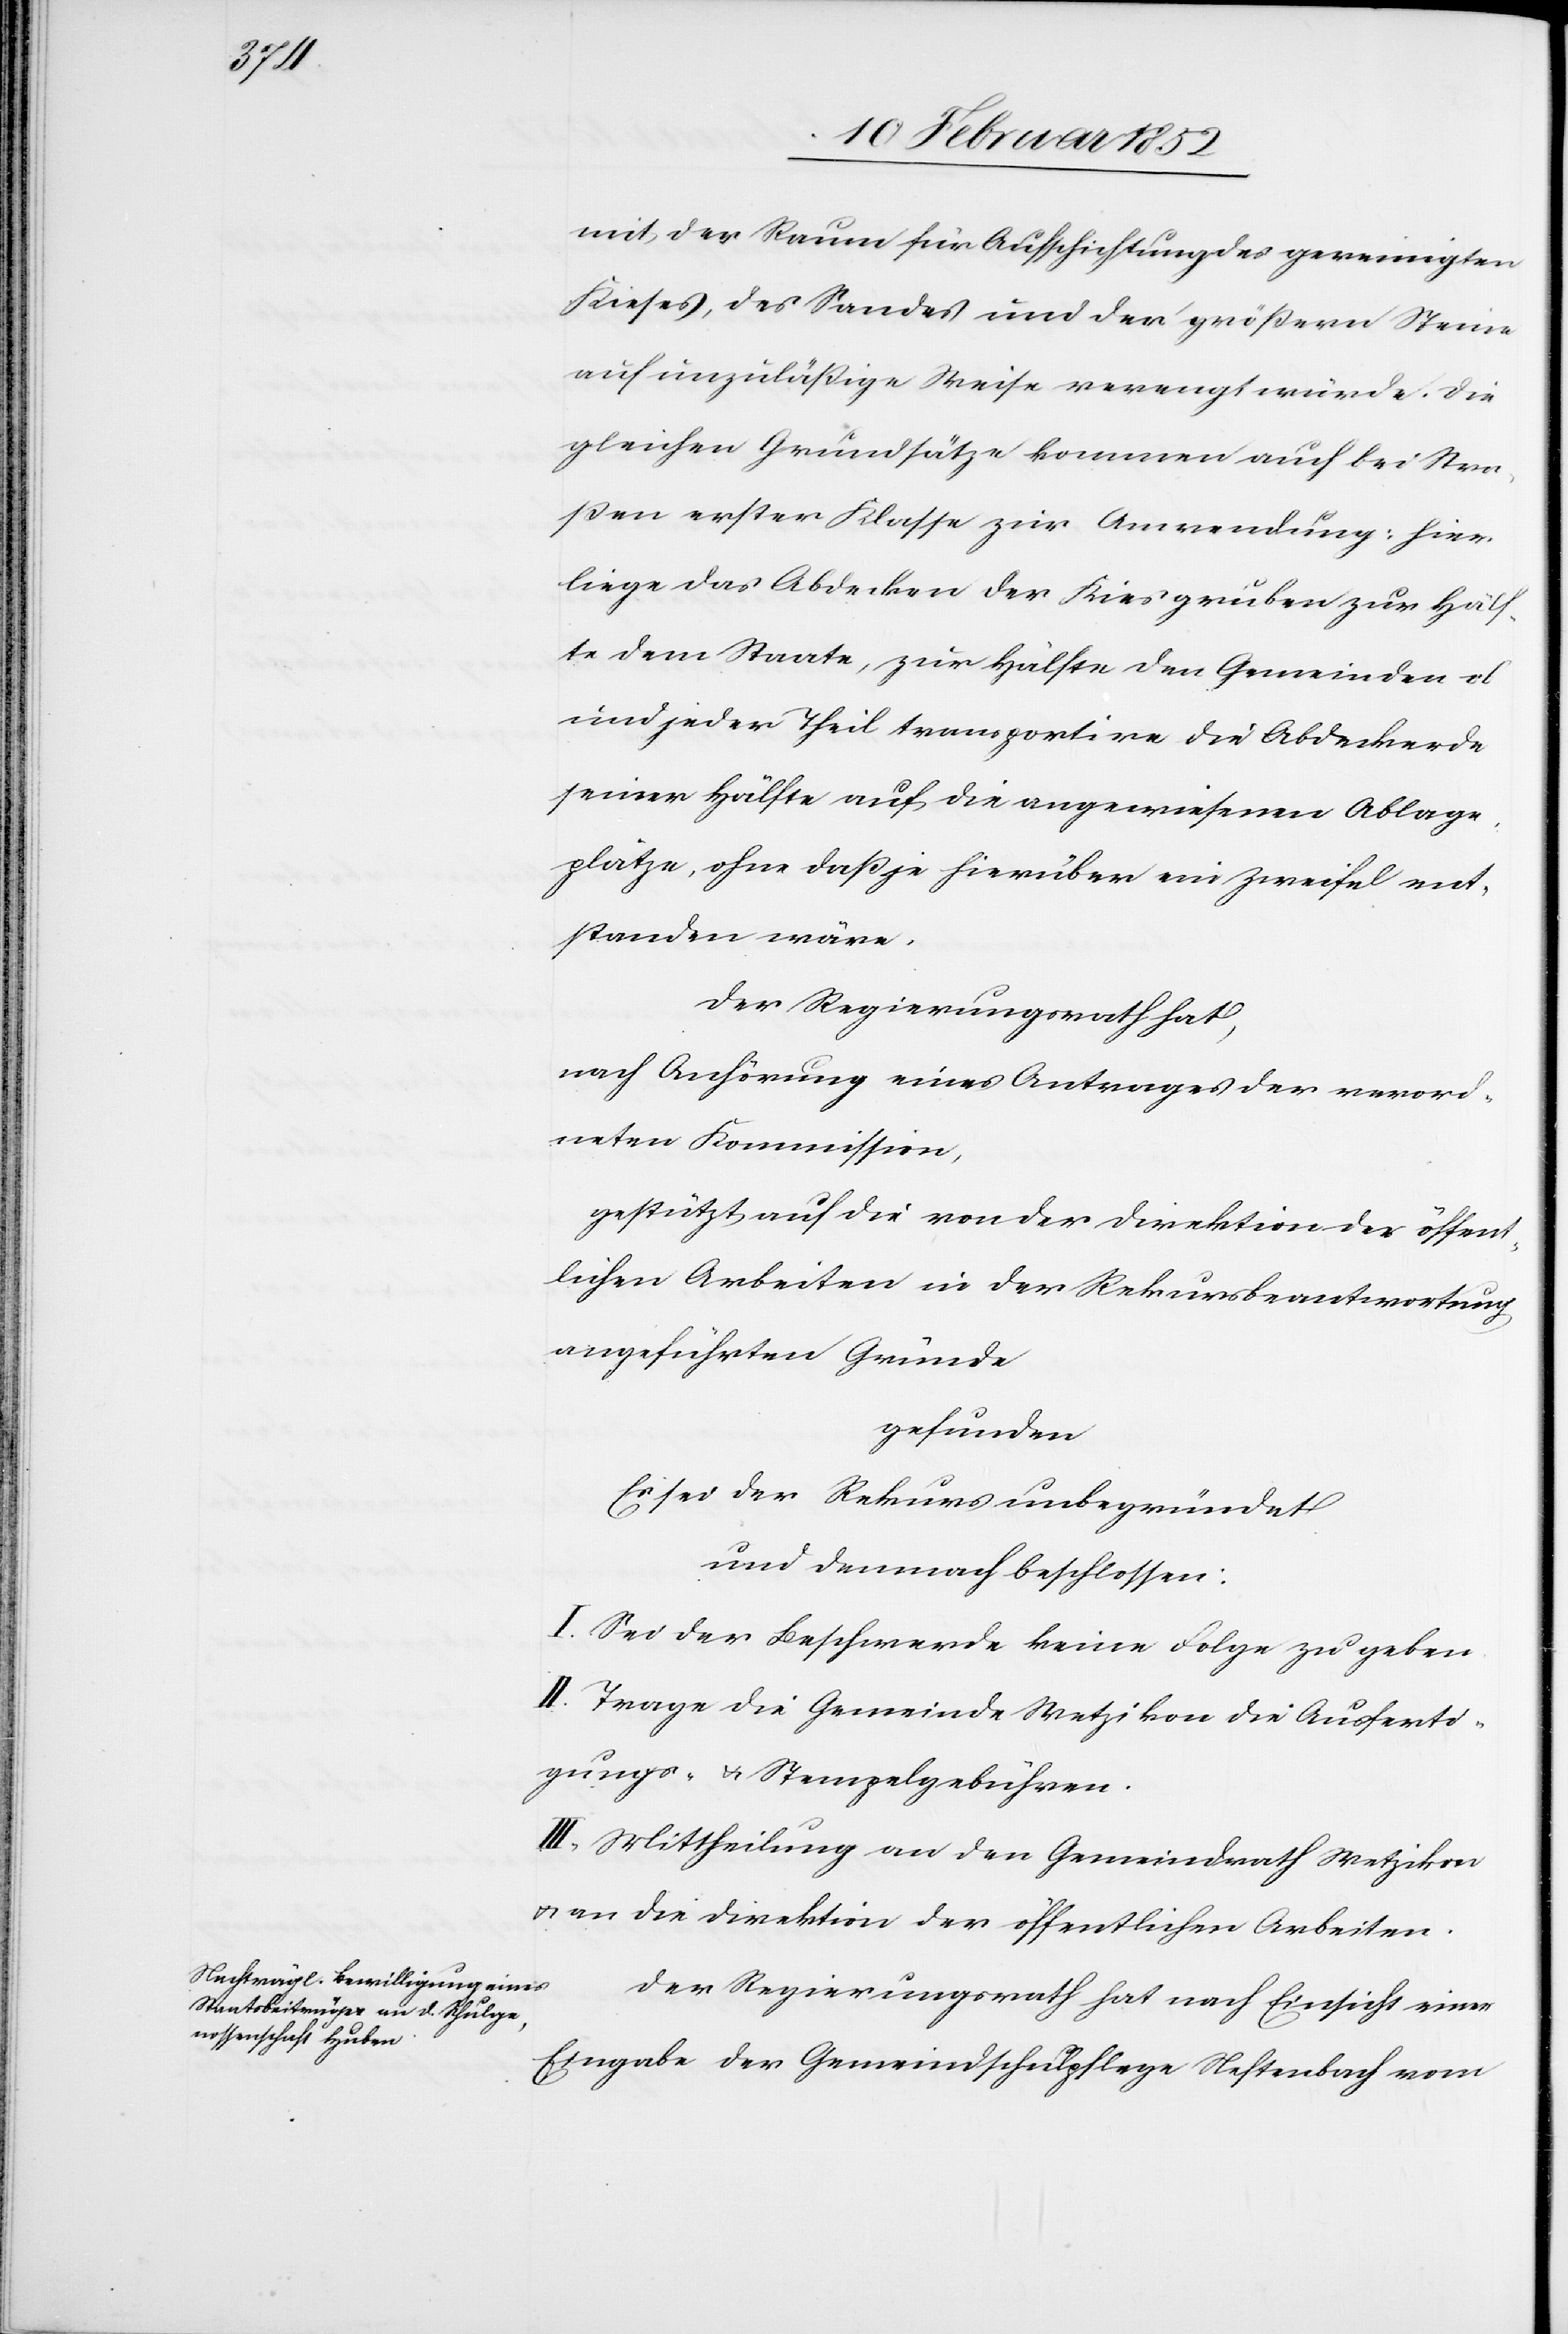
mit der Raum für Aufschichtung des gereinigten
Kieses, des Sandes und der größern Steine
auf unzuläßige Weise verengt würde. Die
gleichen Grundsätze kommen auch bei Stra¬
ßen erster Klasse zur Anwendung: hier
liege das Abdecken der Kiesgruben zur Hälf¬
te dem Staate, zur Hälfte den Gemeinden ob
und jeder Theil transportire die Abdeckerde
seiner Hälfte auf die angewiesenen Ablage¬
plätze, ohne daß je hierüber ein Zweifel ent¬
standen wäre.
Der Regierungsrath hat,
nach Anhörung eines Antrages der verord¬
neten Kommission,
gestützt auf die von der Direktion der öffent¬
lichen Arbeiten in der Rekursbeantwortung
angeführten Gründe
gefunden
Es ist der Rekurs unbegründet
und demnach beschlossen:
I. Sei der Beschwerde keine Folge zu geben.
II. Trage die Gemeinde Wetzikon die Ausferti¬
gungs- u. Stempelgebühren.
III. Mittheilung an den Gemeinderath Wetzikon
u. an die Direktion der öffentlichen Arbeiten.
Der Regierungsrath hat nach Einsicht einer
Eingabe der Gemeindsschulpflege Neftenbach vom